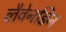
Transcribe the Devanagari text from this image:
लैवेनडिन